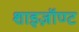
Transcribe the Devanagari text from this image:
शाइज़ॉण्ट